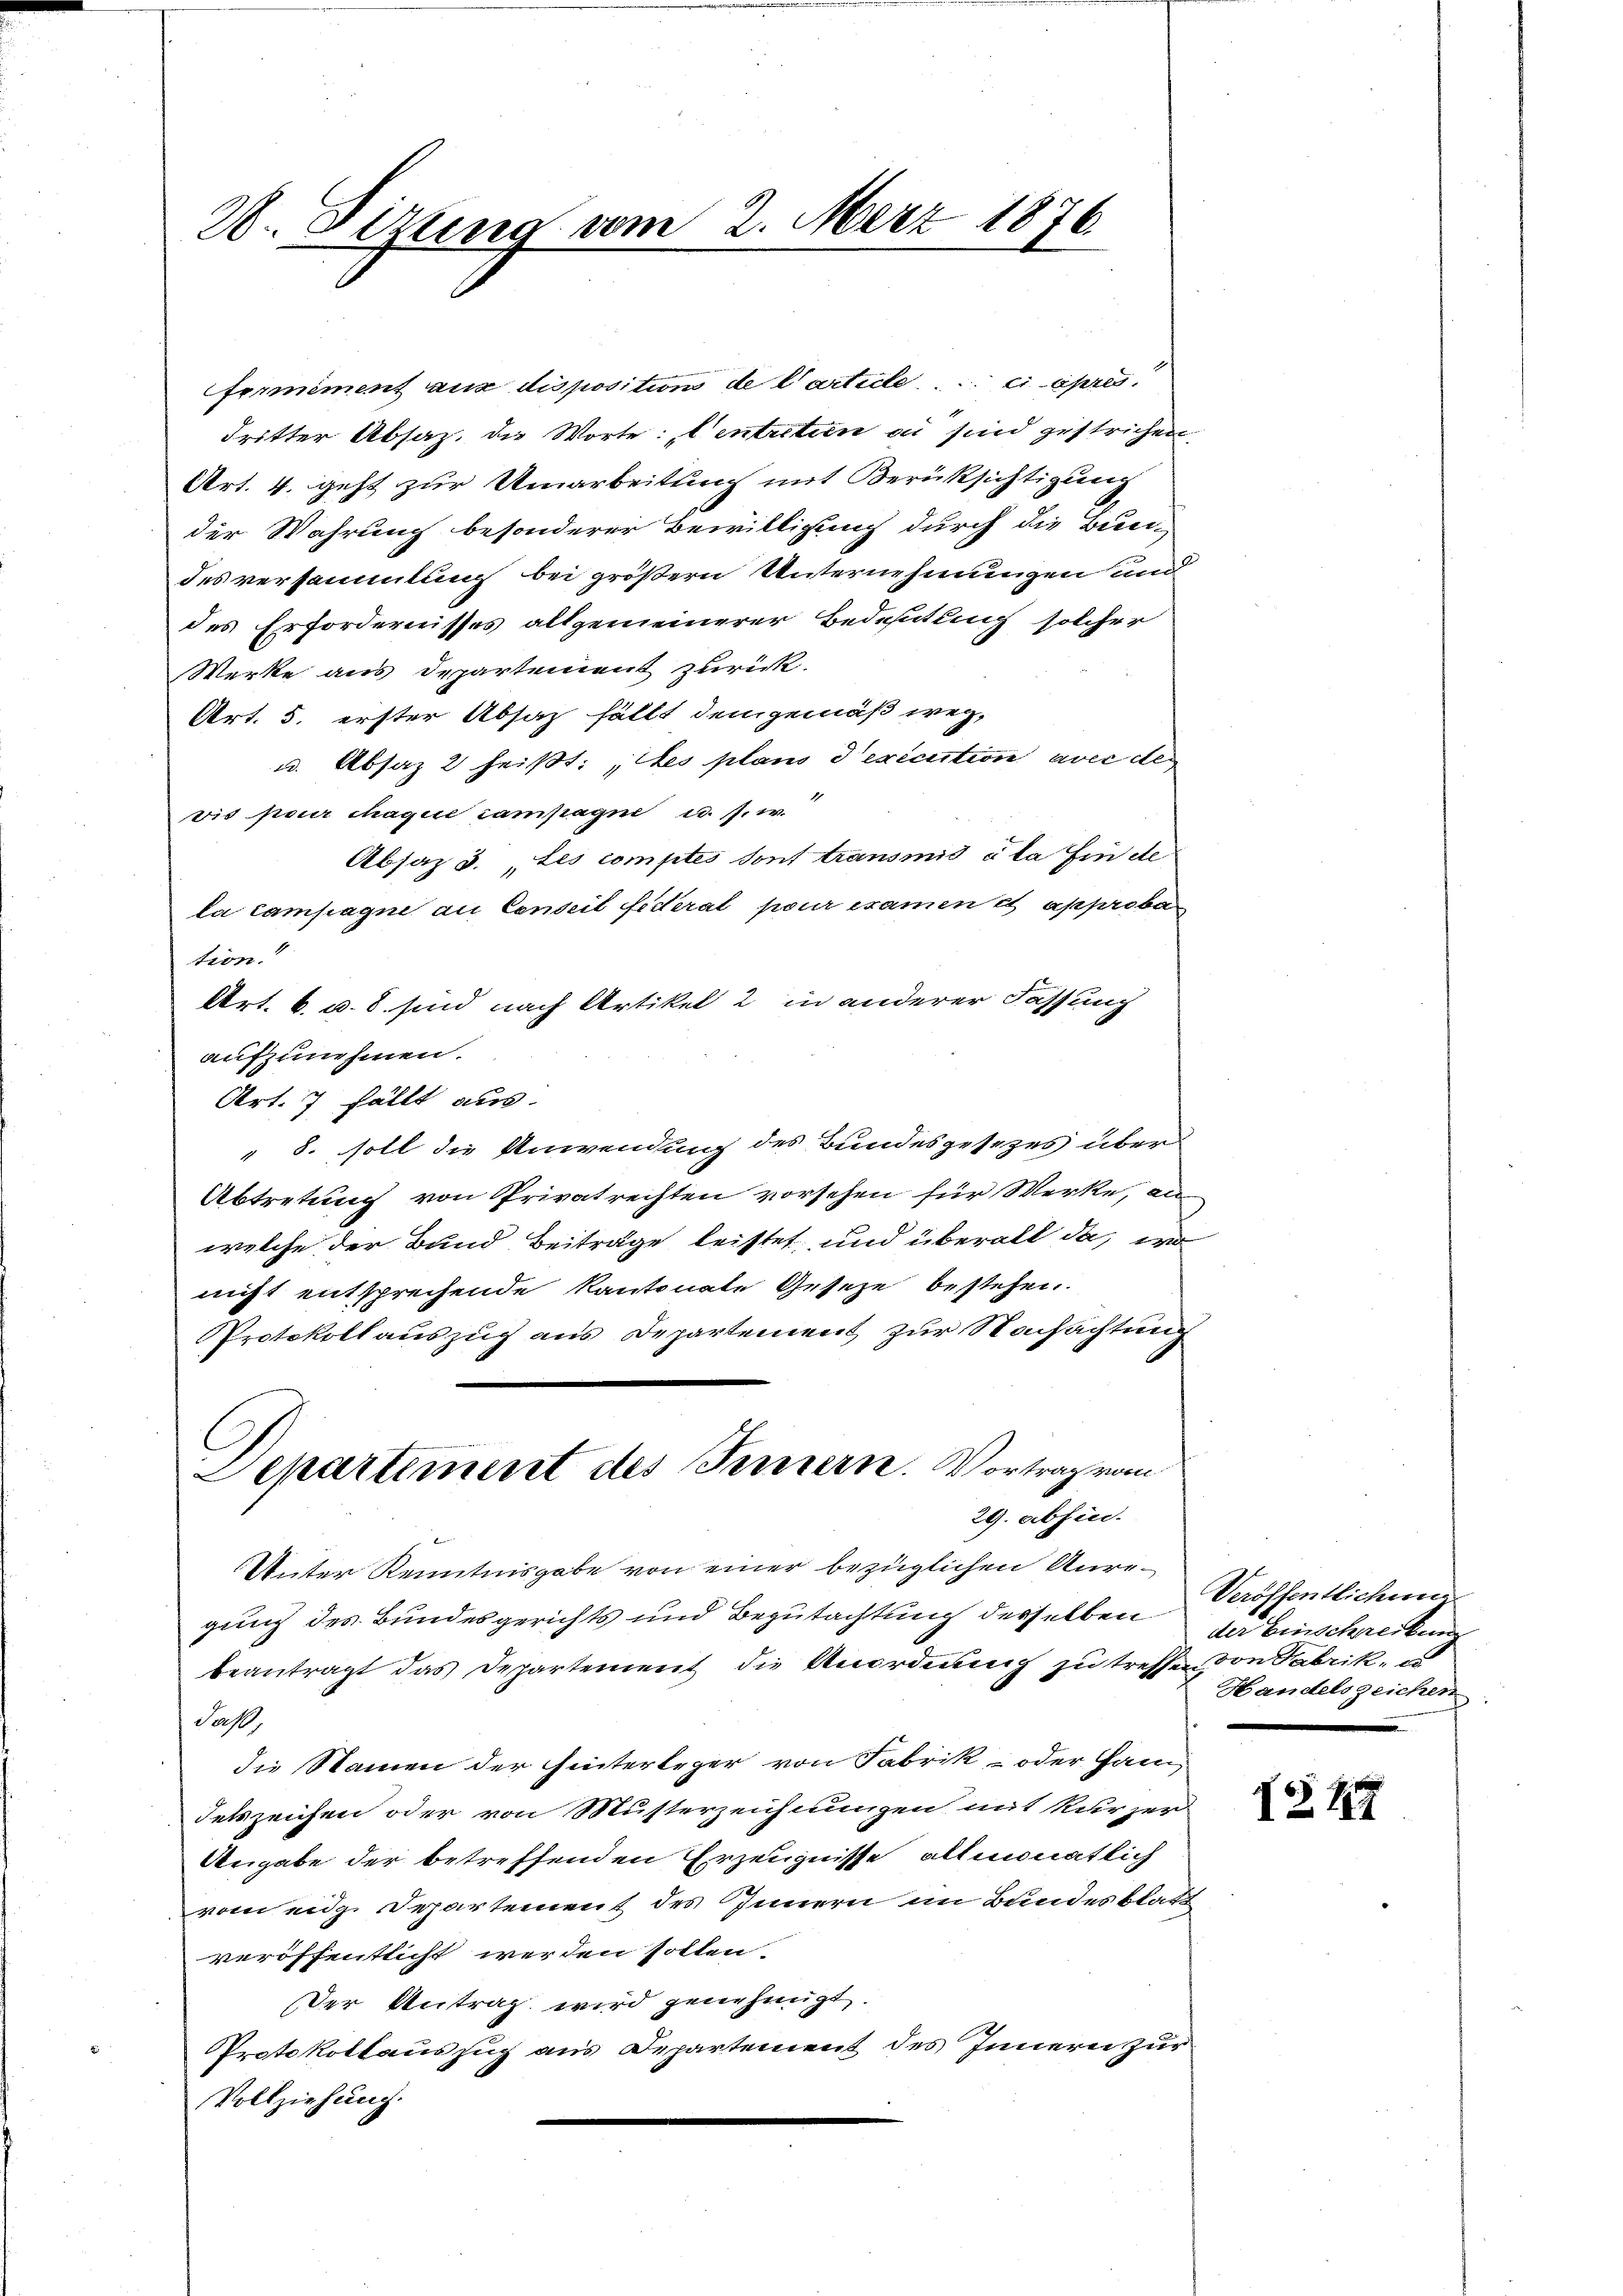
20. Sizung vom 2. März 1876

formément aus disposition de Carticle ei pres
dritter Absaz. die Worte: „Centretion an sind gestrichen
Art. 4. geht zur Umarbeitung mit Berüksichtigung
der Wahrung besonderer Bewilligung durch die Bun-
des versammlung bei größern Unternehmungen und
des Erfordernisses allgemeinerer Bedeutung solcher
Werke aus Departement zurück.
Art. 5. erster Absatz fällt demgemäß weg,
u. Absaz 2 heißt: Les plans d’exécution avec de
vis pour chaque campagni u. s. w.
Absaz 3. „Les comptes sont transmis à la fin de
la campagne au Conseil Federal pour examen et approba
tion.
Art. 6. d. 8. sind nach Artikel 2 in anderer Fassung
aufzunehmen.
Art. 7 fällt aus.
8. soll die Anwendung des Bundesgesezes über
Abtretung von Privatrechten vorsehen für Werke, an
welche der Bund Beiträge leistet, und überall da, wo
nicht entsprechende Kantonate Gesetze bestehen.
Protokollauszug aus Departement zur Nachachtung
Departement des Innern. Vortrag vom
29. absin.
Unter Kenntnisgabe von einer bezüglichen Unregung des Bundesgerichts und Begutachtung derselben
beantragt das Departement die Anordnung zu treffen von Fabrik, u
Jahl,
die Namen der Hinterleger von Fabrik- oder Han
detszeichen oder von Musterzeichnungen mit kurzer
Angabe der betreffenden Erzeugnisse altmonatlich
vom eidg. Departement des Innern im Bundesblatt
veröffentlicht werden sollen.
Der Antrag wird genehmigt.
Protokollauszug aus Departement des Innern zur
Vollziehung.

d

Veröffentlicheng
der Einschreckung
Handelszeichen

17